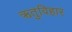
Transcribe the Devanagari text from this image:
ऋतुविहार